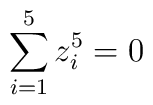
\sum_{i=1}^5 z_i^5 = 0